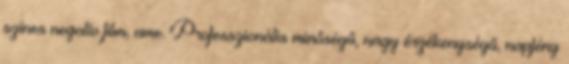
színes negatív film, ame. Professzionális minőségű, nagy érzékenységű, napfény